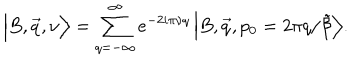
LaTeX: \Big \vert B , \vec { q } , \nu \Big \rangle = \sum _ { q = - \infty } ^ { \infty } e ^ { - 2 i \pi \nu q } \, \Big \vert B , \vec { q } , p _ { 0 } = 2 \pi q / \tilde { \beta } \Big \rangle .